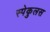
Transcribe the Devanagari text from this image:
स्पेकुलस